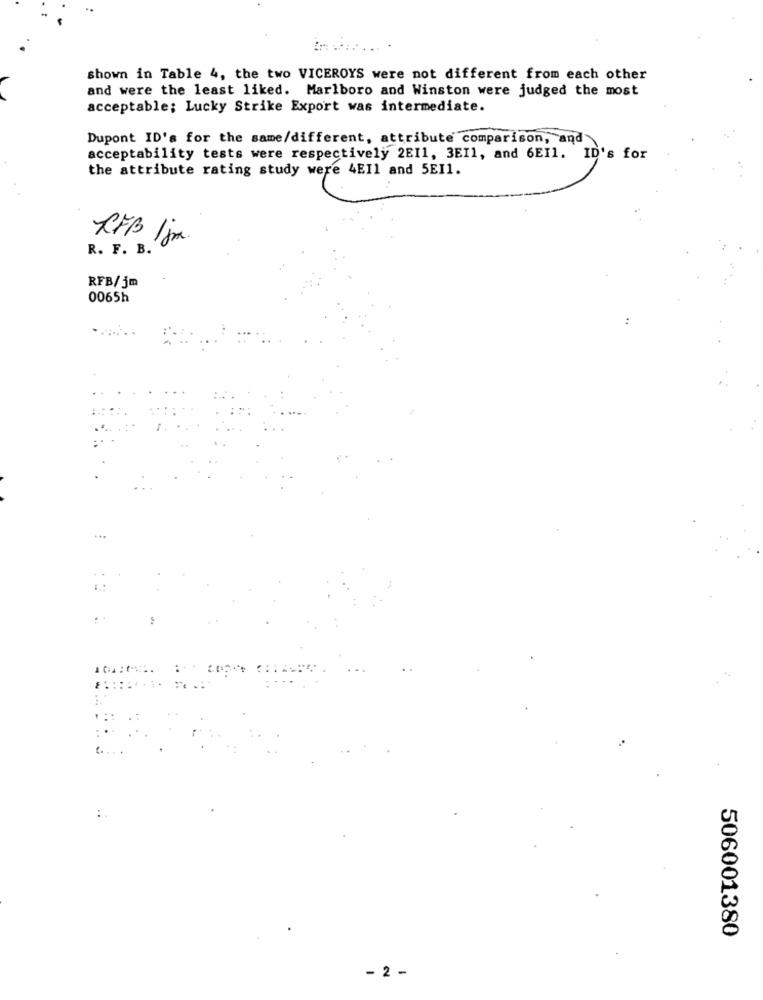
shown in Table 4, the two VICEROYS were not different from each other
and were the least liked. Marlboro and Winston were judged the most
acceptable; Lucky Strike Export was intermediate.
Dupont ID's for the same/different, attribute comparison, and
acceptability tests were respectively 2EI1, 3EIl, and 6EIl. ID's for
the attribute rating study were 4E11 and 5EI1.
RFB 1 jm.
R. F. B.
RFB/jm
0065h
:
506001380
- 2 -